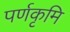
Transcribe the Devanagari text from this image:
पर्णकृमि